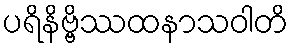
ပရိနိဗ္ဗိဿထနာသဝါတိ